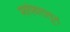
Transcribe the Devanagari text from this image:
स्वयंवरातून